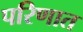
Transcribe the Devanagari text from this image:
परिणात